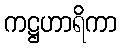
ကဋ္ဌဟာရိကာ